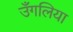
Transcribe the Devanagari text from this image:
उँगलिया